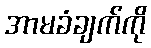
အာမခံချက်ကို